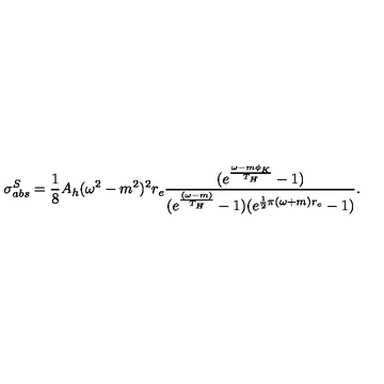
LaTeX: \sigma _ { a b s } ^ { S } = \frac { 1 } { 8 } A _ { h } ( \omega ^ { 2 } - m ^ { 2 } ) ^ { 2 } r _ { e } \frac { ( e ^ { \frac { \omega - m \phi _ { K } } { T _ { H } } } - 1 ) } { ( e ^ { \frac { ( \omega - m ) } { T _ { H } } } - 1 ) ( e ^ { \frac { 1 } { 2 } \pi ( \omega + m ) r _ { e } } - 1 ) } .